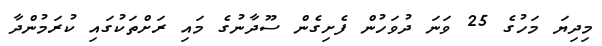
މިދިޔަ މަހުގެ 25 ވަނަ ދުވަހުން ފެށިގެން ސޫދާނުގެ މައި ރަށްތަކުގައި ކުރަމުންދާ